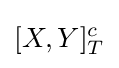
[X,Y]_{T}^{c}